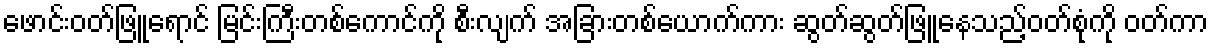
ဖောင်းဝတ်ဖြူရောင် မြင်းကြီးတစ်ကောင်ကို စီးလျက် အခြားတစ်ယောက်ကား ဆွတ်ဆွတ်ဖြူနေသည့်ဝတ်စုံကို ဝတ်ကာ